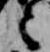
言